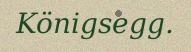
Königsegg.